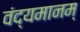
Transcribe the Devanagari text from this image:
वंद्यमानम्